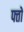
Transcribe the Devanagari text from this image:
फ्तों